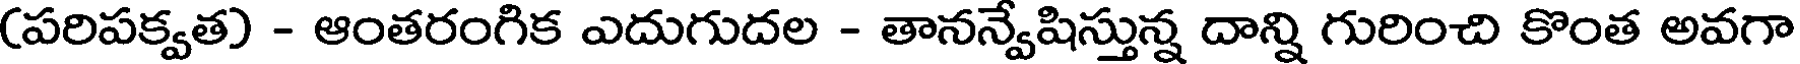
(పరిపక్వత) - ఆంతరంగిక ఎదుగుదల - తానన్వేషిస్తున్న దాన్ని గురించి కొంత అవగా